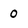
Character: 0